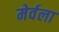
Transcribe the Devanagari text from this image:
मेर्वला